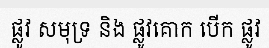
ផ្លូវ សមុទ្រ និង ផ្លូវគោក បើក ផ្លូវ